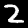
Digit: 2